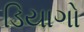
ડિયાગો